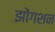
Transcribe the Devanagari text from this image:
झोंगशन